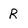
Character: R